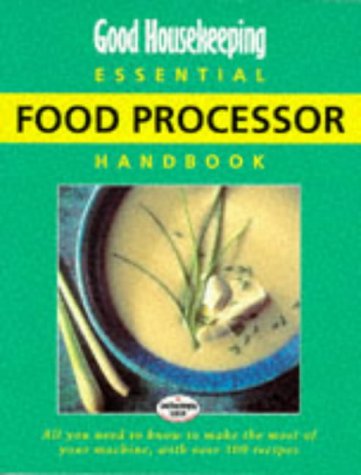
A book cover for "Good Housekeeping" Essential Food Processor Handbook (Good Housekeeping Cookery Club); Good Housekeeping; Cookbooks, Food & Wine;